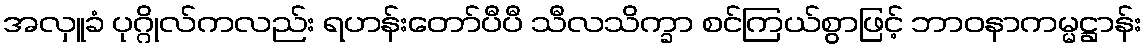
အလှူခံ ပုဂ္ဂိုလ်ကလည်း ရဟန်းတော်ပီပီ သီလသိက္ခာ စင်ကြယ်စွာဖြင့် ဘာဝနာကမ္မဋ္ဌာန်း